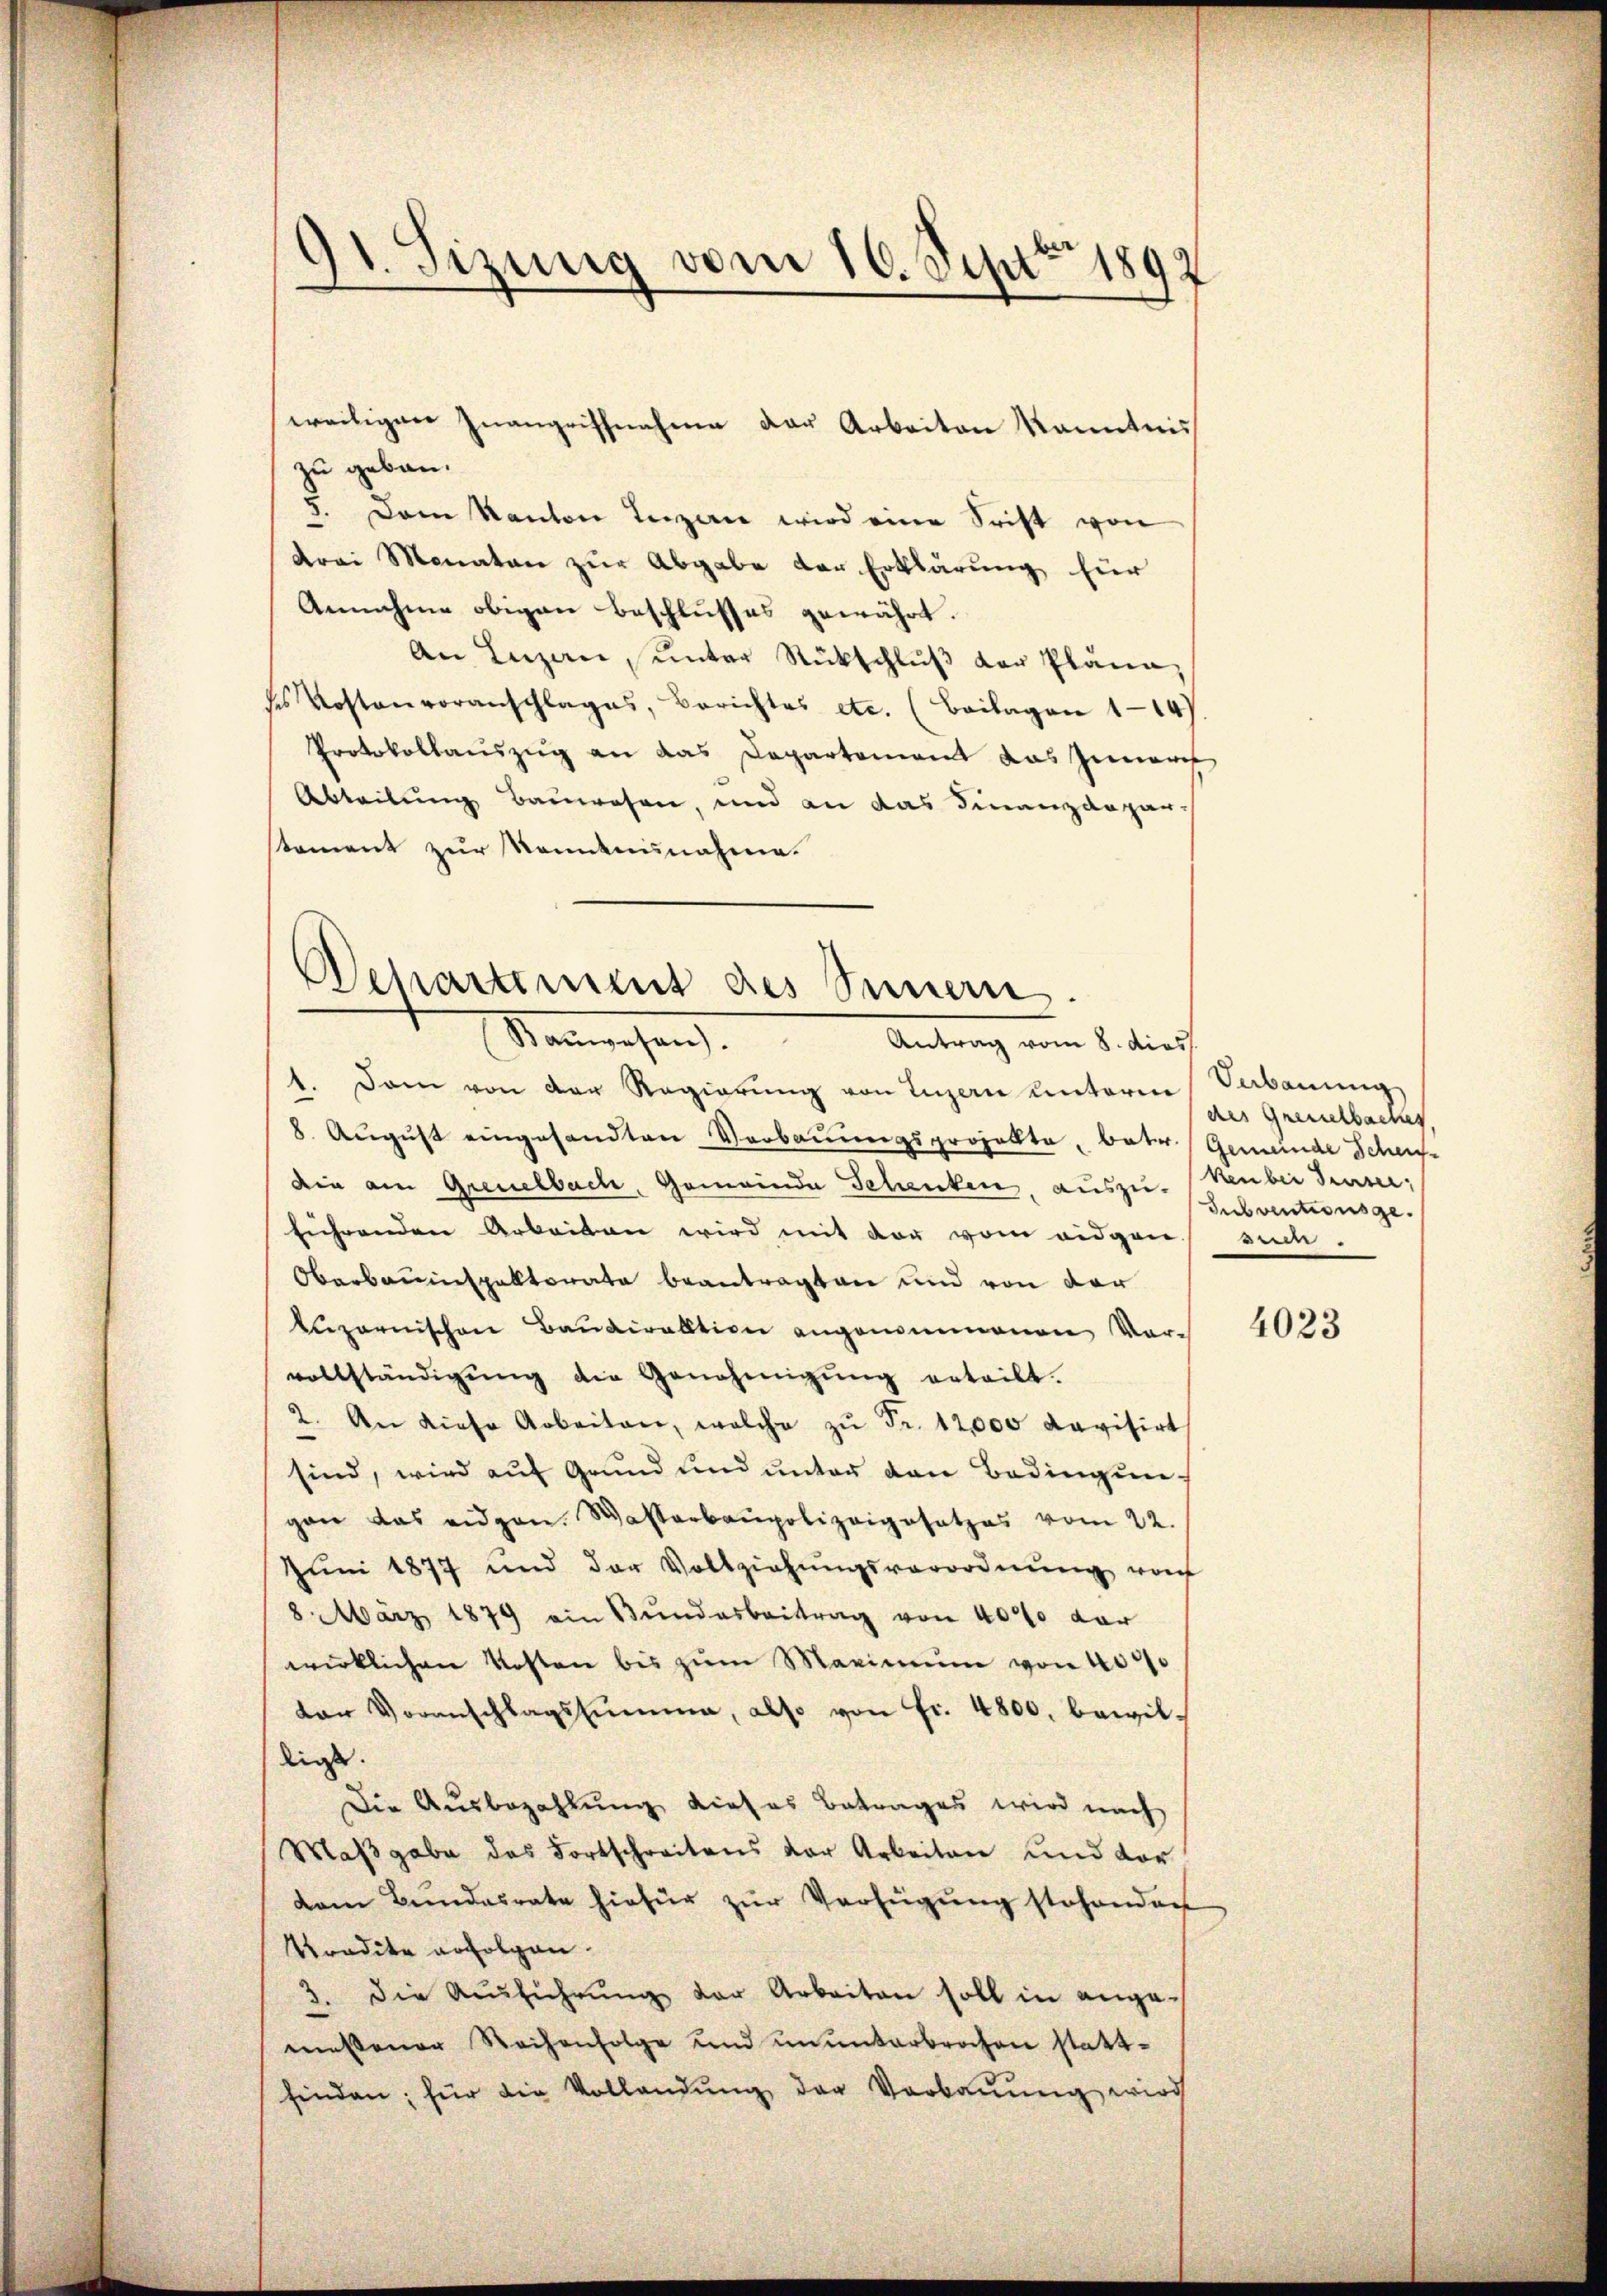
11. Sizung vom 16. Sept. 1892
e
e

weiligen Inangriffnahme der Arbeiten Kenntnis
zu gebau.
5. Dem Kanton Luzern wird eine Frist von
drei Monaten zur Abgabe der Erklärung für
Annahme obigen Beschlusses gewährt.
An Luzern, unter Rückschlŭβ der Pläne,
des Kostenvoranschlages, Berichtes etc. (Beilagen 114
Protokollauszug an das Departement das Zunarch
Abteilung Bauwesen, und an das Finanzdeparstament zur Romannahme.

Departement des Sinnern.
Kanwesen.
Antrag vom 8. dies

1. Dann von der Regierŭng von Luzern unterm Verbauung
8. Aŭgŭst eingesandten Verbauungsprojekte, bater Gemeinde Schef-
die am Greuelbach, Gemeinde Schauten, auszu-
führenden Arbeiten wird mit der vom eidgen ein.
Oberbauinspektorate beantragten und von der
Luzernischen Baudirektion angenommenen Vorvollständigŭng die Genehmigŭng erteilt.
2. An diese Arbeiten, welche zŭ Fr. 12,000 Ravisirt
sind, wird auf Grund und unter den Bedingungan das eidgen. Wasserbaupolizeigesetzes vom 22.
Jŭni 1877 und der Vollziehŭngsverordnŭng vo
8 März 1879 ein Bŭndesbeitrag von 40% der
wirklichen Kosten bis zŭm Maximum von 4000
dar Voranschlagssumme, also von Fr. 4800. bewilliess.
Die Ausbezahlung dieses Betrages wird nach
Maßgabe das Fortschreitens vor Arbeiten und dor
dam Bŭndesrate hiefür zŭr Verfügŭng stehenden
Predite erfolgen.
3. die Ausführŭng der Arbeiten soll in angemeßener Weihenfolge und ununterbrochen stattfinden; für die Vollandŭng der Verbaŭŭng wird

des Grenzelbacker.
kenbei denser
Subventionsge

4023